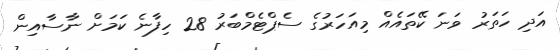
އަދި ހަތަރު ވަނަ ކޭތައެއް މިއަހަރުގެ ސެޕްޓެމްބަރު 28 ހިފާނެ ކަމަށް ނާސާއިން